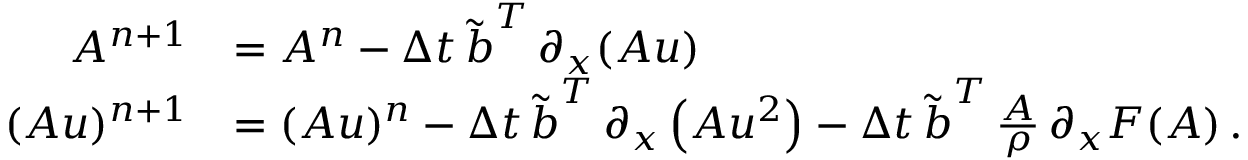
\begin{array} { r l } { A ^ { n + 1 } } & { = A ^ { n } - \Delta t \, \boldsymbol { \tilde { b } } ^ { T } \, \partial _ { x } ( \boldsymbol { A u } ) } \\ { ( A u ) ^ { n + 1 } } & { = ( A u ) ^ { n } - \Delta t \, \boldsymbol { \tilde { b } } ^ { T } \, \partial _ { x } \left( \boldsymbol { A u ^ { 2 } } \right) - \Delta t \, \boldsymbol { \tilde { b } } ^ { T } \, \frac { \boldsymbol { A } } { \rho } \, \partial _ { x } \boldsymbol { F } ( \boldsymbol { A } ) \, . } \end{array}